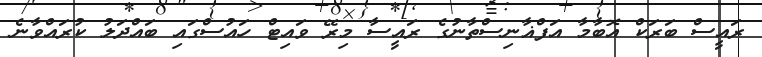
ރައީސް ބަރަކް އޮބާމާ އަފްޣާނިސްތާނުގެ ރައީސާ މިރޭ ވައިޓް ހައުސްގައި ބައްދަލު ކުރައްވާނެ